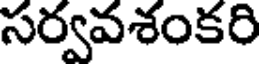
సర్వవశంకరి